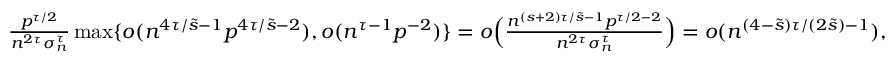
\begin{array} { r l } & { \frac { p ^ { \tau / 2 } } { n ^ { 2 \tau } \sigma _ { n } ^ { \tau } } \operatorname* { m a x } \{ o ( n ^ { 4 \tau / \tilde { s } - 1 } p ^ { 4 \tau / \tilde { s } - 2 } ) , o ( n ^ { \tau - 1 } p ^ { - 2 } ) \} = o \Big ( \frac { n ^ { ( s + 2 ) \tau / \tilde { s } - 1 } p ^ { \tau / 2 - 2 } } { n ^ { 2 \tau } \sigma _ { n } ^ { \tau } } \Big ) = o ( n ^ { ( 4 - \tilde { s } ) \tau / ( 2 \tilde { s } ) - 1 } ) , \phantom { a b s } } \end{array}